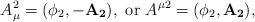
LaTeX: \begin{align*}A_\mu^2=(\phi_2,-\mathbf{A_2}),~{\rm or}~ A^{\mu 2}=(\phi_2,\mathbf{A_2}),\end{align*}